Lunatic asylums Madras 1877-1891 - 1877-1891
Year: 1877
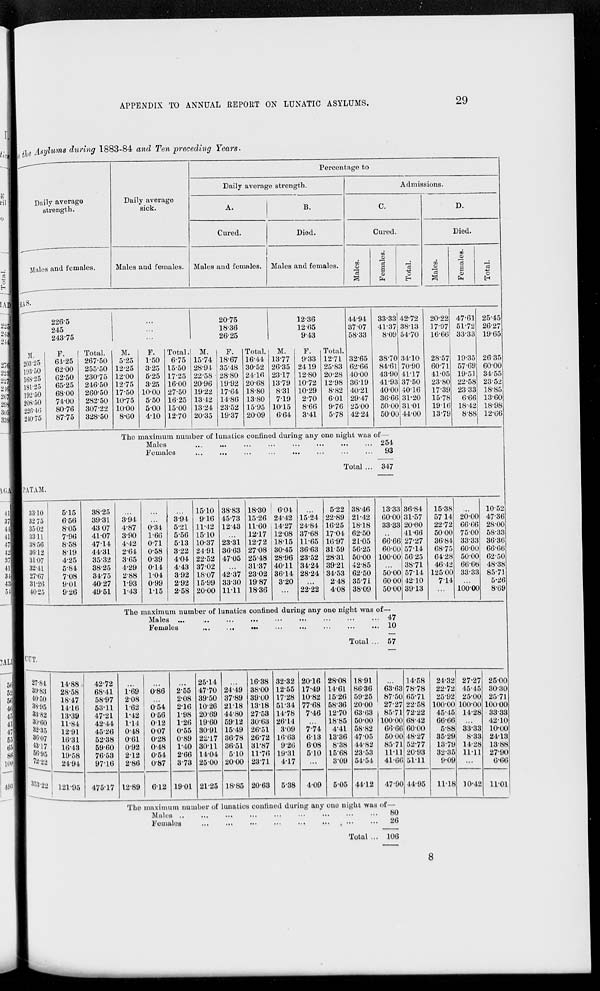
APPENDIX TO ANNUAL REPORT ON LUNATIC ASYLUMS.
29
in the Asylums during 1883-84 and Ten preceding Years.
Daily average
strength.
Males and females.
Daily average
sick.
Males and females.
Percentage to
Daily average strength.
A.
Cured.
Males and females.
B.
Died.
Males and females.
Admissions.
C.
Cured.
Males.
Females.
Total.
D.
Died.
Males.
Females.
Total.
RAS.
226.5
245
243.75
M.
203.25
193.50
168.25
181.25
192.50
208.50
226.46
240.75
F.
64.25
62.00
62.50
65.25
68.00
74.00
80.76
87.75
Total.
267.50
255.50
230.75
246.50
260.50
282.50
307.22
328.50
...
...
...
M.
5.25
12.25
12.00
12.75
17.50
10.75
10.00
8.60
F.
1.50
3.25
5.25
3.25
10.00
5.50
5.00
4.10
Total.
6.75
15.50
17.25
16.00
27.50
16.25
15.00
12.70
20.75
18.36
26.25
M.
15.74
28.94
22.58
20.96
19.22
13.42
13.24
20.35
F.
18.67
35.48
28.80
19.92
17.64
14.86
23.52
19.37
Total.
16.44
30.52
24.16
20.68
18.80
13.80
15.95
20.09
12.36
12.65
9.43
M.
13.77
26.35
23.17
13.79
8.31
7.19
10.15
6.64
F.
9.33
24.19
12.80
10.72
10.29
2.70
8.66
3.41
Total.
12.71
25.83
20.28
12.98
8.82
6.01
9.76
5.78
44.94
37.07
58.33
32.65
62.66
40.00
36.19
40.21
29.47
25.00
42.24
33.33
41.37
8.09
38.70
84.61
43.90
41.93
40.00
36.66
50.00
50.00
42.72
38.13
54.70
34.10
70.90
41.17
37.50
40.16
31.20
31.01
44.00
20.22
17.97
16.66
28.57
60.71
41.05
23.80
17.39
15.78
19.16
13.79
47.61
51.72
33.33
19.35
57.69
19.51
22.58
23.33
6.66
18.42
8.88
25.45
26.27
19.65
26.35
60.00
34.55
23.52
18.85
13.60
18.98
12.66
The maximum number of lunatics confined during any one night was of—
Males
...
...
... ... ... ...
...
...
Females ... ... ... ... ... ... ... ...
Total ...
254
93
347
PATAM.
33.10
32.75
35.02
33.11
38.56
36.12
31.07
32.41
27.67
31.26
40.25
5.15
6.56
8.05
7.96
8.58
8.19
4.25
5.84
7.08
9.01
9.26
38.25
39.31
43.07
41.07
47.14
44.31
35.32
38.25
34.75
40.27
49.51
...
3.94
4.87
3.90
4.42
2.64
3.65
4.29
2.88
1.93
1.43
...
...
0.34
1.66
0.71
0.58
0.39
0.14
1.04
0.99
1.15
...
3.94
5.21
5.56
5.13
3.22
4.04
4.43
3.92
2.92
2.58
15.10
9.16
11.42
15.10
10.37
24.91
22.52
37.02
18.07
15.99
20.00
38.83
45.73
12.43
...
23.31
36.63
47.05
...
42.37
33.30
11.11
18.30
15.26
11.60
12.17
12.72
27.08
25.48
31.37
23.02
19.87
18.36
6.04
24.42
14.27
12.08
18.15
30.45
28.96
40.11
36.14
3.20
...
...
15.24
24.84
37.68
11.65
36.63
23.52
34.24
28.24
...
22.22
5.22
22.89
16.25
17.04
16.97
31.59
28.31
39.21
34.53
2.48
4.08
38.46
21.42
18.18
62.50
21.05
56.25
50.00
42.85
62.50
35.71
38.09
13.33
60.00
33.33
...
66.66
60.00
100.00
...
50.00
60.00
50.00
36.84
31.57
20.00
41.66
27.27
57.14
56.25
38.71
57.14
42.10
39.13
15.38
57.14
22.72
50.00
36.84
68.75
64.28
46.42
125.00
7.14
...
...
20.00
66.66
75.00
33.33
60.00
50.00
66.66
33.33
...
100.00
10.52
47.36
28.00
58.33
36.36
66.66
62.50
48.38
85.71
5.26
8.69
The maximum number of lunatics confined during any one night was of—
Males ... ... ... ... ... ... ... ...
Females ... ... ... ... ... ... ... ...
Total ...
47
10
57
CUT.
27.84
39.83
40.50
38.95
33.82
30.60
32.35
36.07
43.17
56.95
72.22
353.22
14.88
28.58
18.47
14.16
13.39
11.84
12.91
16.31
16.43
19.58
24.94
121.95
42.72
68.41
58.97
53.11
47.21
42.44
45.26
52.38
59.60
76.53
97.16
475.17
...
1.69
2.08
1.62
1.42
1.14
0.48
0.61
0.92
2.12
2.86
12.89
...
0.86
...
0.54
0.56
0.12
0.07
0.28
0.48
0.54
0.87
6.12
...
2.55
2.08
2.16
1.98
1.26
0.55
0.89
1.40
2.66
3.73
19.01
25.14
47.70
39.50
10.26
20.69
19.60
30.91
22.17
30.11
14.04
25.00
21.25
...
24.49
37.89
21.18
44.80
59.12
15.49
36.78
36.51
5.10
20.00
18.85
16.38
38.00
39.00
13.18
27.58
30.63
26.51
26.72
31.87
11.76
23.71
20.63
32.32
12.55
17.28
51.34
14.78
26.14
3.09
16.63
9.26
19.31
4.17
5.38
20.16
17.49
10.82
77.68
7.46
...
7.74
6.13
6.08
5.10
...
4.09
28.08
14.61
15.26
58.36
12.70
18.85
4.41
13.36
8.38
15.68
3.09
5.05
18.91
86.36
59.25
20.00
63.63
50.00
58.82
47.05
44.82
23.53
54.54
44.12
...
63.63
87.50
27.27
85.71
100.00
66.66
50.00
85.71
11.11
41.66
47.90
14.58
78.78
65.71
22.58
72.22
68.42
60.00
48.27
52.77
20.93
51.11
44.95
24.32
22.72
25.92
100.00
45.45
66.66
5.88
35.29
13.79
32.35
9.09
11.18
27.27
45.45
25.00
100.00
14.28
...
33.33
8.33
14.28
11.11
...
10.42
25.00
30.30
25.71
100.00
33.33
42.10
10.00
24.13
13.88
27.90
6.66
11.01
The maximum number of lunatics confined during any one night was of—
Males ... ... ... ... ... ... ... ...
Females ... ... ... ... ... ... ... ...
Total ...
80
26
106
8